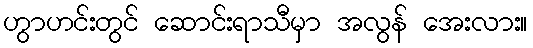
ဟွာဟင်းတွင် ဆောင်းရာသီမှာ အလွန် အေးလား။